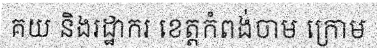
គយ និងរដ្ឋាករ ខេត្តកំពង់ចាម ក្រោម